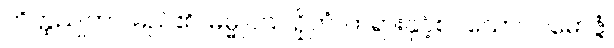
တိတ္ထညုတာ၊ မည်၏။ ဓမ္မူပသ ဉှိတံ၊ တရားနှင့်စပ်သော။ ပါမောဇ္ဇံ၊